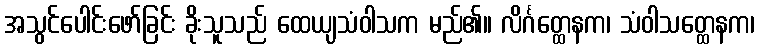
အသွင်ပေါင်းဖော်ခြင်း ခိုးသူသည် ထေယျသံဝါသက မည်၏။ လိင်္ဂတ္ထေနက၊ သံဝါသတ္ထေနက၊